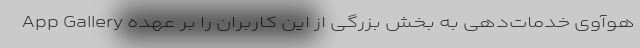
App Gallery هوآوی خدمات‌دهی به بخش بزرگی از این کاربران را بر عهده